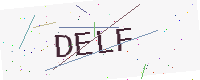
Text: DELF